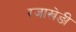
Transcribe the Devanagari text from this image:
रजाखेङी